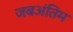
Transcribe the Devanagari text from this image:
जबअंतिम